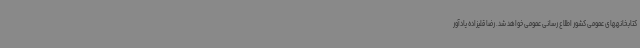
کتابخانههای عمومی کشور اطلاع ‌رسانی عمومی خواهد شد. رضا قلیزاده یادآور